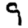
Digit: 9